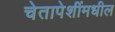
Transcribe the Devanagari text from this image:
चेतापेशींमधील